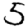
Digit: 5